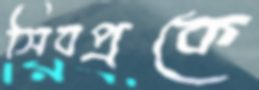
সিবপ্রকে